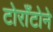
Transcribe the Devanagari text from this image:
टोराँटोने